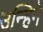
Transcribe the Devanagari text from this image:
उन्हिने